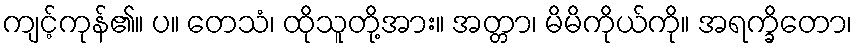
ကျင့်ကုန်၏။ ပ။ တေသံ၊ ထိုသူတို့အား။ အတ္တာ၊ မိမိကိုယ်ကို။ အရက္ခိတော၊